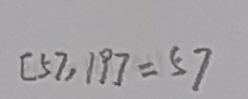
[ 5 7 , 1 9 ] = 5 7